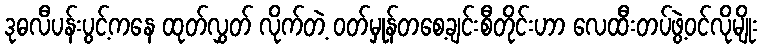
ဒုဓလီပန်းပွင့်ကနေ ထုတ်လွှတ် လိုက်တဲ့ ဝတ်မှုန်တစေ့ချင်းစီတိုင်းဟာ လေထီးတပ်ဖွဲ့ဝင်လိုမျိုး